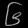
Digit: ၆